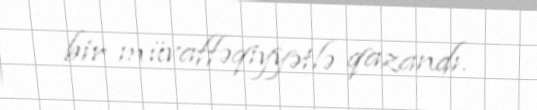
bir müvaffəqiyyətlə qazandı.